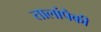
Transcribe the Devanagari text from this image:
तालांपैकी